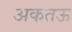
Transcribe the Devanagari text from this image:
अकतऊ